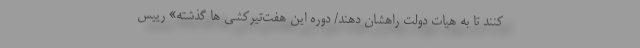
کنند تا به هیات دولت راهشان دهند/ دوره این هفت‌تیرکشی ها گذشته» رییس